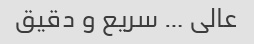
عالی … سریع و دقیق